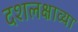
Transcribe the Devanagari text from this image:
दशलक्षाव्या